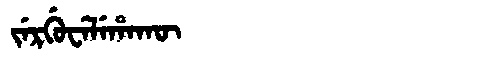
Manchu: ᠵᡝᡵᡤᡠᠸᡝᠯᡝᡥᠠᡴᡡ
Romanization: JERGUWELEHAKŪ